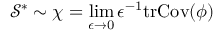
\mathcal { S } ^ { * } \sim \chi = \operatorname* { l i m } _ { \epsilon \to 0 } \epsilon ^ { - 1 } \mathrm { t r } \mathrm { C o v } ( \phi )